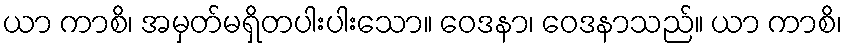
ယာ ကာစိ၊ အမှတ်မရှိတပါးပါးသော။ ဝေဒနာ၊ ဝေဒနာသည်။ ယာ ကာစိ၊